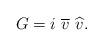
LaTeX: \begin{align*}G=i\ \overline{v}\ \widehat{v}.\end{align*}